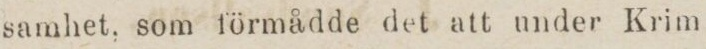
samhet, som förmådde det att under Krim